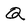
Character: Q